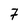
Character: 7